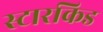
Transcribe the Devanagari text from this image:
स्टारकिड